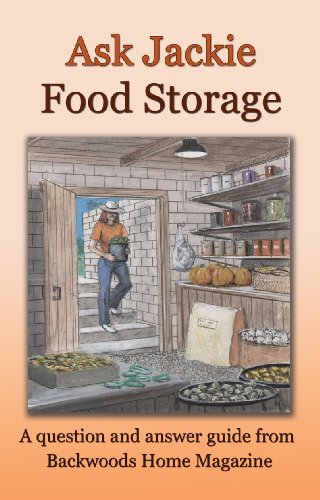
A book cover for Ask Jackie: Food storage; Jackie Clay-Atkinson; Cookbooks, Food & Wine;